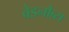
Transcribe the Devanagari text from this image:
बेडनौब्स